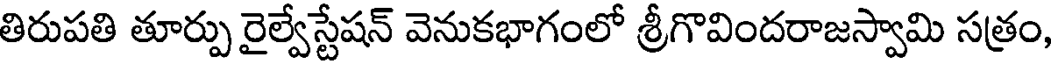
తిరుపతి తూర్పు రైల్వేస్టేషన్ వెనుకభాగంలో శ్రీగొవిందరాజస్వామి సత్రం,